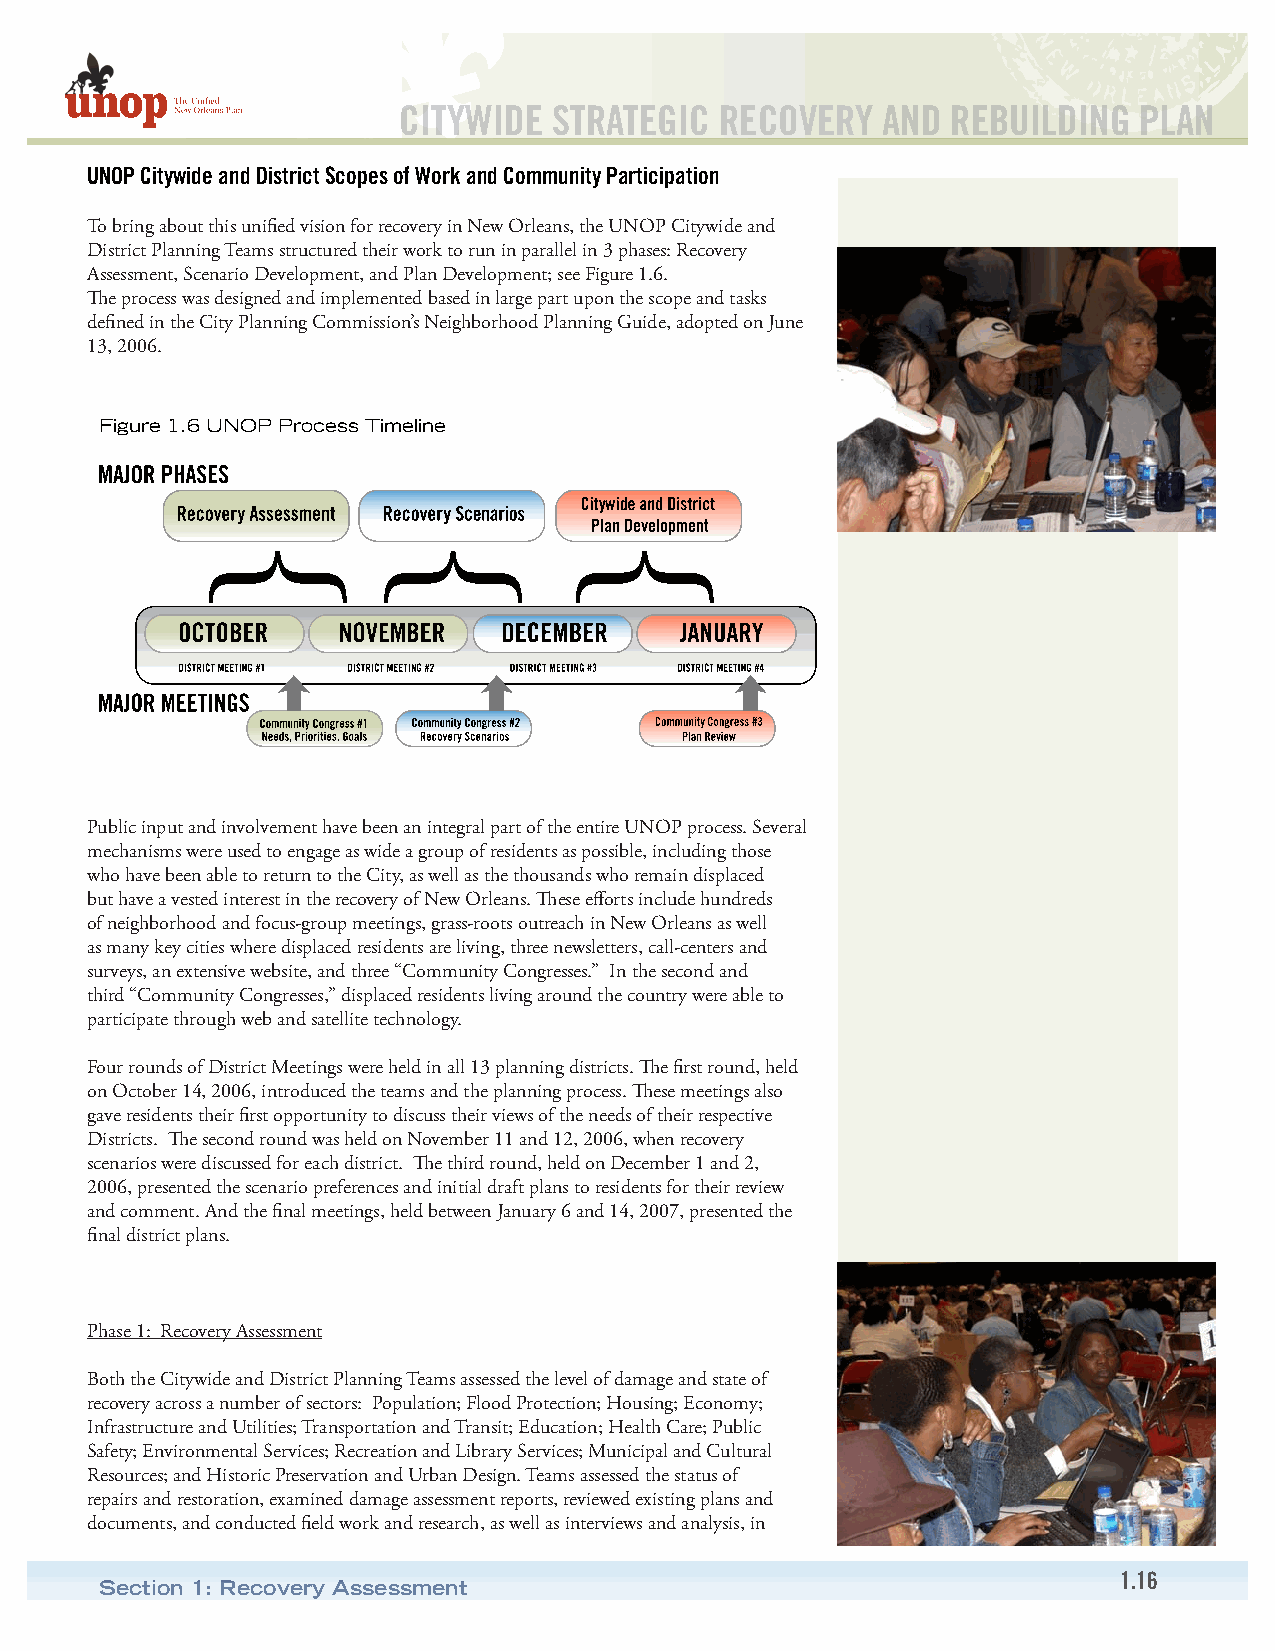
CITYWIDE   STRATEGIC  RECOVERY  AND  REBUILDING  PLAN
 UNOP Citywide and District Scopes of Work and Community Participation
 To bring about this unified vision for recovery in New Orleans, the UNOP Citywide and
 District Planning Teams structured their work to run in parallel in 3 phases: Recovery
 Assessment, Scenario Development, and Plan Development; see Figure 1.6.
 The process was designed and implemented based in large part upon the scope and tasks
 defined in the City Planning Commission’s Neighborhood Planning Guide, adopted on June
 13, 2006.
 Figure 1.6 UNOP Process Timeline
 Public input and involvement have been an integral part of the entire UNOP process. Several
 mechanisms were used to engage as wide a group of residents as possible, including those
 who have been able to return to the City, as well as the thousands who remain displaced
 but have a vested interest in the recovery of New Orleans. These efforts include hundreds
 of neighborhood and focus-group meetings, grass-roots outreach in New Orleans as well
 as many key cities where displaced residents are living, three newsletters, call-centers and
 surveys, an extensive website, and three “Community Congresses.” In the second and
 third “Community Congresses,” displaced residents living around the country were able to
 participate through web and satellite technology.
 Four rounds of District Meetings were held in all 13 planning districts. The first round, held
 on October 14, 2006, introduced the teams and the planning process. These meetings also
 gave residents their first opportunity to discuss their views of the needs of their respective
 Districts. The second round was held on November 11 and 12, 2006, when recovery
 scenarios were discussed for each district. The third round, held on December 1 and 2,
 2006, presented the scenario preferences and initial draft plans to residents for their review
 and comment. And the final meetings, held between January 6 and 14, 2007, presented the
 final district plans.
 Phase 1: Recovery Assessment
 Both the Citywide and District Planning Teams assessed the level of damage and state of
 recovery across a number of sectors: Population; Flood Protection; Housing; Economy;
 Infrastructure and Utilities; Transportation and Transit; Education; Health Care; Public
 Safety; Environmental Services; Recreation and Library Services; Municipal and Cultural
 Resources; and Historic Preservation and Urban Design. Teams assessed the status of
 repairs and restoration, examined damage assessment reports, reviewed existing plans and
 documents, and conducted field work and research, as well as interviews and analysis, in
 1.16
 Section 1: Recovery Assessment